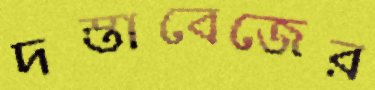
দস্তাবেজের